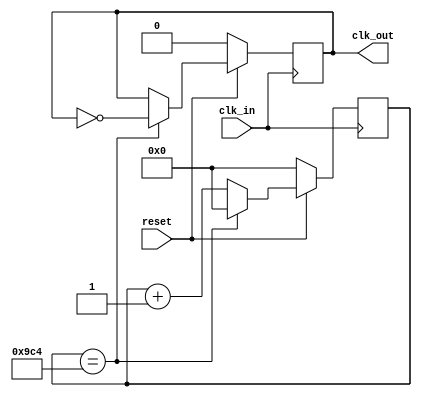
`define DisplayTime 32'd 2500
`define TimeExpire 32'd 25000

module fd1(clk_in ,reset, clk_out) ;
    input clk_in,reset ;
    output reg clk_out ;
    reg [31:0] count ;

    always@(posedge clk_in)
    begin
        if(!reset)
            begin
                count<=32'd 0 ;
                clk_out <= 1'b 0;
            end
        else
            begin
                if(count==`DisplayTime)
                    begin
                        count <= 0;
                        clk_out <= ~clk_out;
                    end
                else
                    begin
                        count = count+1 ;
                    end
            end
    end
endmodule

module top(clock , reset  , keypadCol , keypadRow, dot_row , dot_col) ;
	input clock , reset ; 
	input [3:0] keypadCol ;	
	output reg [3:0] keypadRow ;
	output reg [7:0] dot_row ; 
	output reg [7:0] dot_col ;
	
	reg [3:0] keypadBuf ; 
	reg [31:0] keypadDelay ; 
	wire clk_out ;
	wire clk_div ;
	reg [2:0] row_count ;
	
	fd1 m1 (clock , reset , clk_div ) ;

	always@(posedge clock)
	begin
		if(!reset)
		begin
			keypadRow <= 4'b 1110 ;
			keypadBuf <= 4'b 0000 ;
			keypadDelay <= 31'd 0 ;
		end
		else
		begin
			if(keypadDelay == `TimeExpire)
			begin
				keypadDelay <= 31'd 0 ;
				case({keypadRow, keypadCol})
					8'b1110_1110 : keypadBuf <= 4'h7;
					8'b1110_1101 : keypadBuf <= 4'h4;
					8'b1110_1011 : keypadBuf <= 4'h1;
					8'b1110_0111 : keypadBuf <= 4'h0;
					8'b1101_1110 : keypadBuf <= 4'h8;
					8'b1101_1101 : keypadBuf <= 4'h5;
					8'b1101_1011 : keypadBuf <= 4'h2;
					8'b1101_0111 : keypadBuf <= 4'ha;
					8'b1011_1110 : keypadBuf <= 4'h9;
					8'b1011_1101 : keypadBuf <= 4'h6;
					8'b1011_1011 : keypadBuf <= 4'h3;
					8'b1011_0111 : keypadBuf <= 4'hb;
					8'b0111_1110 : keypadBuf <= 4'hc;
					8'b0111_1101 : keypadBuf <= 4'hd;
					8'b0111_1011 : keypadBuf <= 4'he;
					8'b0111_0111 : keypadBuf <= 4'hf;
					default : keypadBuf <= keypadBuf;
				endcase
		
				case(keypadRow)	
					4'b1110 : keypadRow <= 4'b1101;
					4'b1101 : keypadRow <= 4'b1011;
					4'b1011 : keypadRow <= 4'b0111;
					4'b0111 : keypadRow <= 4'b1110;
					default : keypadRow <= 4'b1110;
				endcase				
			end
		else
			keypadDelay <= keypadDelay + 1'b 1 ;
		end
	end

    always@(posedge clk_div , negedge reset)
    begin
    if(~reset)
        begin
            dot_row <= 8'b 0 ;
            dot_col <= 8'b 0 ;
            row_count <= 0 ;
        end
    else
        begin
            row_count <= row_count + 1 ;

            case(row_count)
            3'd 0 : dot_row <= 8'b 01111111 ; 
            3'd 1 : dot_row <= 8'b 10111111 ; 
            3'd 2 : dot_row <= 8'b 11011111 ; 
            3'd 3 : dot_row <= 8'b 11101111 ; 
            3'd 4 : dot_row <= 8'b 11110111 ; 
            3'd 5 : dot_row <= 8'b 11111011 ; 
            3'd 6 : dot_row <= 8'b 11111101 ; 
            3'd 7 : dot_row <= 8'b 11111110 ; 
            endcase
		  
		    case(keypadBuf)
		    4'h 0:
		    begin
				case(row_count) 
                3'd 0 : dot_col <= 8'b 00000000 ; 
                3'd 1 : dot_col <= 8'b 00000000 ; 
                3'd 2 : dot_col <= 8'b 00000000 ; 
                3'd 3 : dot_col <= 8'b 00000000 ; 
                3'd 4 : dot_col <= 8'b 00000000 ; 
                3'd 5 : dot_col <= 8'b 00000000 ; 
                3'd 6 : dot_col <= 8'b 11000000 ; 
                3'd 7 : dot_col <= 8'b 11000000 ;
				endcase
		    end
		  
		    4'h 1 :
		    begin
				case(row_count) 
                3'd 0 : dot_col <= 8'b 00000000 ; 
                3'd 1 : dot_col <= 8'b 00000000 ; 
                3'd 2 : dot_col <= 8'b 00000000 ; 
                3'd 3 : dot_col <= 8'b 00000000 ; 
                3'd 4 : dot_col <= 8'b 00000000 ; 
                3'd 5 : dot_col <= 8'b 00000000 ; 
                3'd 6 : dot_col <= 8'b 00110000 ; 
                3'd 7 : dot_col <= 8'b 00110000 ;
				endcase
		    end
		  
		    4'h2:
		    begin
				case(row_count) 
                3'd 0 : dot_col <= 8'b 00000000 ; 
                3'd 1 : dot_col <= 8'b 00000000 ; 
                3'd 2 : dot_col <= 8'b 00000000 ; 
                3'd 3 : dot_col <= 8'b 00000000 ; 
                3'd 4 : dot_col <= 8'b 00110000 ; 
                3'd 5 : dot_col <= 8'b 00110000 ; 
                3'd 6 : dot_col <= 8'b 00000000 ; 
                3'd 7 : dot_col <= 8'b 00000000 ;
				endcase
		    end
		  
		    4'h 3 :
		    begin
				case(row_count) 
                3'd 0 : dot_col <= 8'b 00000000 ; 
                3'd 1 : dot_col <= 8'b 00000000 ; 
                3'd 2 : dot_col <= 8'b 00110000 ; 
                3'd 3 : dot_col <= 8'b 00110000 ; 
                3'd 4 : dot_col <= 8'b 00000000 ; 
                3'd 5 : dot_col <= 8'b 00000000 ; 
                3'd 6 : dot_col <= 8'b 00000000 ; 
                3'd 7 : dot_col <= 8'b 00000000 ;
				endcase
		    end
		  
		    4'h 4 :
		    begin
				case(row_count) 
                3'd 0 : dot_col <= 8'b 00000000 ; 
                3'd 1 : dot_col <= 8'b 00000000 ; 
                3'd 2 : dot_col <= 8'b 00000000 ; 
                3'd 3 : dot_col <= 8'b 00000000 ; 
                3'd 4 : dot_col <= 8'b 00000000 ; 
                3'd 5 : dot_col <= 8'b 00000000 ; 
                3'd 6 : dot_col <= 8'b 00001100 ; 
                3'd 7 : dot_col <= 8'b 00001100 ;
				endcase
		    end
		  
		    4'h 5 :
		    begin
				case(row_count) 
                3'd 0 : dot_col <= 8'b 00000000 ; 
                3'd 1 : dot_col <= 8'b 00000000 ; 
                3'd 2 : dot_col <= 8'b 00000000 ; 
                3'd 3 : dot_col <= 8'b 00000000 ; 
                3'd 4 : dot_col <= 8'b 00001100 ; 
                3'd 5 : dot_col <= 8'b 00001100 ; 
                3'd 6 : dot_col <= 8'b 00000000 ; 
                3'd 7 : dot_col <= 8'b 00000000 ;
				endcase
		    end
		  
		    4'h 6 :
		    begin
				case(row_count) 
                3'd 0 : dot_col <= 8'b 00000000 ; 
                3'd 1 : dot_col <= 8'b 00000000 ; 
                3'd 2 : dot_col <= 8'b 00001100 ; 
                3'd 3 : dot_col <= 8'b 00001100 ; 
                3'd 4 : dot_col <= 8'b 00000000 ; 
                3'd 5 : dot_col <= 8'b 00000000 ; 
                3'd 6 : dot_col <= 8'b 00000000 ; 
                3'd 7 : dot_col <= 8'b 00000000 ;
				endcase
		    end
		  
		    4'h 7 :
		    begin
				case(row_count) 
                3'd 0 : dot_col <= 8'b 00000000 ; 
                3'd 1 : dot_col <= 8'b 00000000 ; 
                3'd 2 : dot_col <= 8'b 00000000 ; 
                3'd 3 : dot_col <= 8'b 00000000 ; 
                3'd 4 : dot_col <= 8'b 00000000 ; 
                3'd 5 : dot_col <= 8'b 00000000 ; 
                3'd 6 : dot_col <= 8'b 00000011 ; 
                3'd 7 : dot_col <= 8'b 00000011 ;
				endcase
		    end
		  
		    4'h 8 :
		    begin
				case(row_count) 
                3'd 0 : dot_col <= 8'b 00000000 ; 
                3'd 1 : dot_col <= 8'b 00000000 ; 
                3'd 2 : dot_col <= 8'b 00000000 ; 
                3'd 3 : dot_col <= 8'b 00000000 ; 
                3'd 4 : dot_col <= 8'b 00000011 ; 
                3'd 5 : dot_col <= 8'b 00000011 ; 
                3'd 6 : dot_col <= 8'b 00000000 ; 
                3'd 7 : dot_col <= 8'b 00000000 ;
				endcase
		    end
		  
		    4'h 9 :
		    begin
				case(row_count) 
                3'd 0 : dot_col <= 8'b 00000000 ; 
                3'd 1 : dot_col <= 8'b 00000000 ; 
                3'd 2 : dot_col <= 8'b 00000011 ; 
                3'd 3 : dot_col <= 8'b 00000011 ; 
                3'd 4 : dot_col <= 8'b 00000000 ; 
                3'd 5 : dot_col <= 8'b 00000000 ; 
                3'd 6 : dot_col <= 8'b 00000000 ; 
                3'd 7 : dot_col <= 8'b 00000000 ;
				endcase
		    end
		  
		    4'h a :
		    begin
				case(row_count) 
                3'd 0 : dot_col <= 8'b 00000000 ; 
                3'd 1 : dot_col <= 8'b 00000000 ; 
                3'd 2 : dot_col <= 8'b 00000000 ; 
                3'd 3 : dot_col <= 8'b 00000000 ; 
                3'd 4 : dot_col <= 8'b 11000000 ; 
                3'd 5 : dot_col <= 8'b 11000000 ; 
                3'd 6 : dot_col <= 8'b 00000000 ; 
                3'd 7 : dot_col <= 8'b 00000000 ;
				endcase
		    end
		  
		    4'h b :
		    begin
				case(row_count) 
                3'd 0 : dot_col <= 8'b 00000000 ; 
                3'd 1 : dot_col <= 8'b 00000000 ; 
                3'd 2 : dot_col <= 8'b 11000000 ; 
                3'd 3 : dot_col <= 8'b 11000000 ; 
                3'd 4 : dot_col <= 8'b 00000000 ; 
                3'd 5 : dot_col <= 8'b 00000000 ; 
                3'd 6 : dot_col <= 8'b 00000000 ; 
                3'd 7 : dot_col <= 8'b 00000000 ;
				endcase
		    end
		  
		    4'h c :
		    begin
				case(row_count) 
                3'd 0 : dot_col <= 8'b 00000011 ; 
                3'd 1 : dot_col <= 8'b 00000011 ; 
                3'd 2 : dot_col <= 8'b 00000000 ; 
                3'd 3 : dot_col <= 8'b 00000000 ; 
                3'd 4 : dot_col <= 8'b 00000000 ; 
                3'd 5 : dot_col <= 8'b 00000000 ; 
                3'd 6 : dot_col <= 8'b 00000000 ; 
                3'd 7 : dot_col <= 8'b 00000000 ;
				endcase
		    end
		  
		    4'h d :
		    begin
				case(row_count) 
                3'd 0 : dot_col <= 8'b 00001100 ; 
                3'd 1 : dot_col <= 8'b 00001100 ; 
                3'd 2 : dot_col <= 8'b 00000000 ; 
                3'd 3 : dot_col <= 8'b 00000000 ; 
                3'd 4 : dot_col <= 8'b 00000000 ; 
                3'd 5 : dot_col <= 8'b 00000000 ; 
                3'd 6 : dot_col <= 8'b 00000000 ; 
                3'd 7 : dot_col <= 8'b 00000000 ;
				endcase
		    end
		  
		    4'h e :
		    begin
				case(row_count) 
                3'd 0 : dot_col <= 8'b 00110000 ; 
                3'd 1 : dot_col <= 8'b 00110000 ; 
                3'd 2 : dot_col <= 8'b 00000000 ; 
                3'd 3 : dot_col <= 8'b 00000000 ; 
                3'd 4 : dot_col <= 8'b 00000000 ; 
                3'd 5 : dot_col <= 8'b 00000000 ; 
                3'd 6 : dot_col <= 8'b 00000000 ; 
                3'd 7 : dot_col <= 8'b 00000000 ;
				endcase
		    end
		  
		    4'h f :
		    begin
				case(row_count) 
                3'd 0 : dot_col <= 8'b 11000000 ; 
                3'd 1 : dot_col <= 8'b 11000000 ; 
                3'd 2 : dot_col <= 8'b 00000000 ; 
                3'd 3 : dot_col <= 8'b 00000000 ; 
                3'd 4 : dot_col <= 8'b 00000000 ; 
                3'd 5 : dot_col <= 8'b 00000000 ; 
                3'd 6 : dot_col <= 8'b 00000000 ; 
                3'd 7 : dot_col <= 8'b 00000000 ;
				endcase
		    end
		  endcase
        end
    end 
endmodule